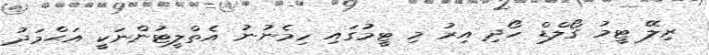
ރިލޭ ޓީމު ގޯލްޑް ހޯދި އިރު މި ޓީމުގައި ހިމެނުނު އެތްލީޓުންނަކީ އަޙްމަދު